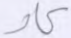
كاد